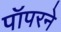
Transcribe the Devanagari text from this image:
पॉपरने